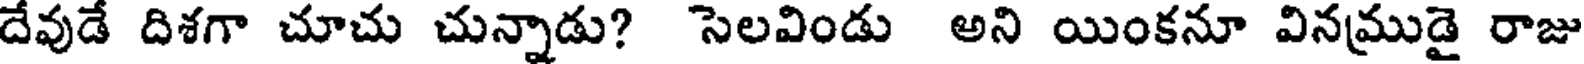
దేవుడే దిశగా చూచు చున్నాడు? సెలవిండు అని యింకనూ వినముడై రాజు